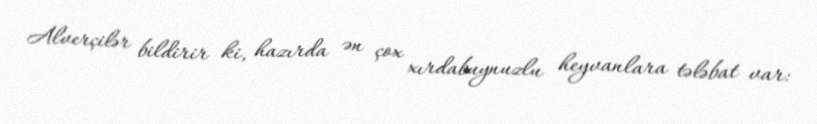
Alverçilər bildirir ki, hazırda ən çox xırdabuynuzlu heyvanlara tələbat var: